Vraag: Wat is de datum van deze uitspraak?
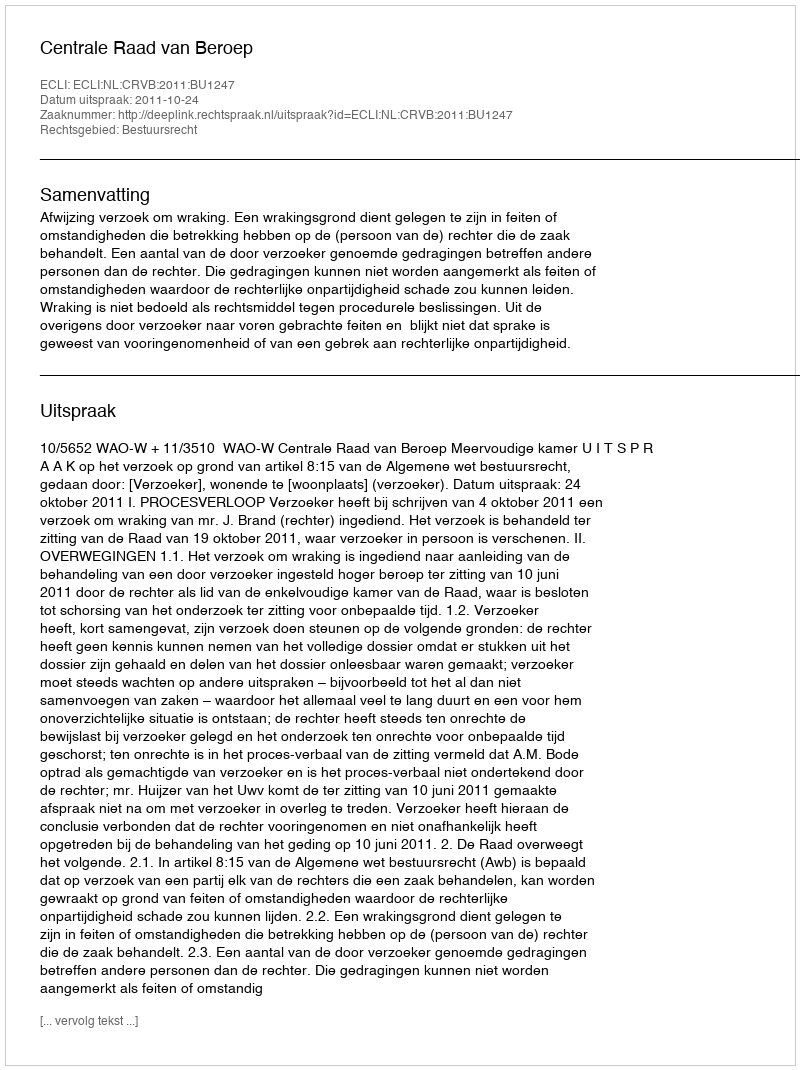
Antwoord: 2011-10-24